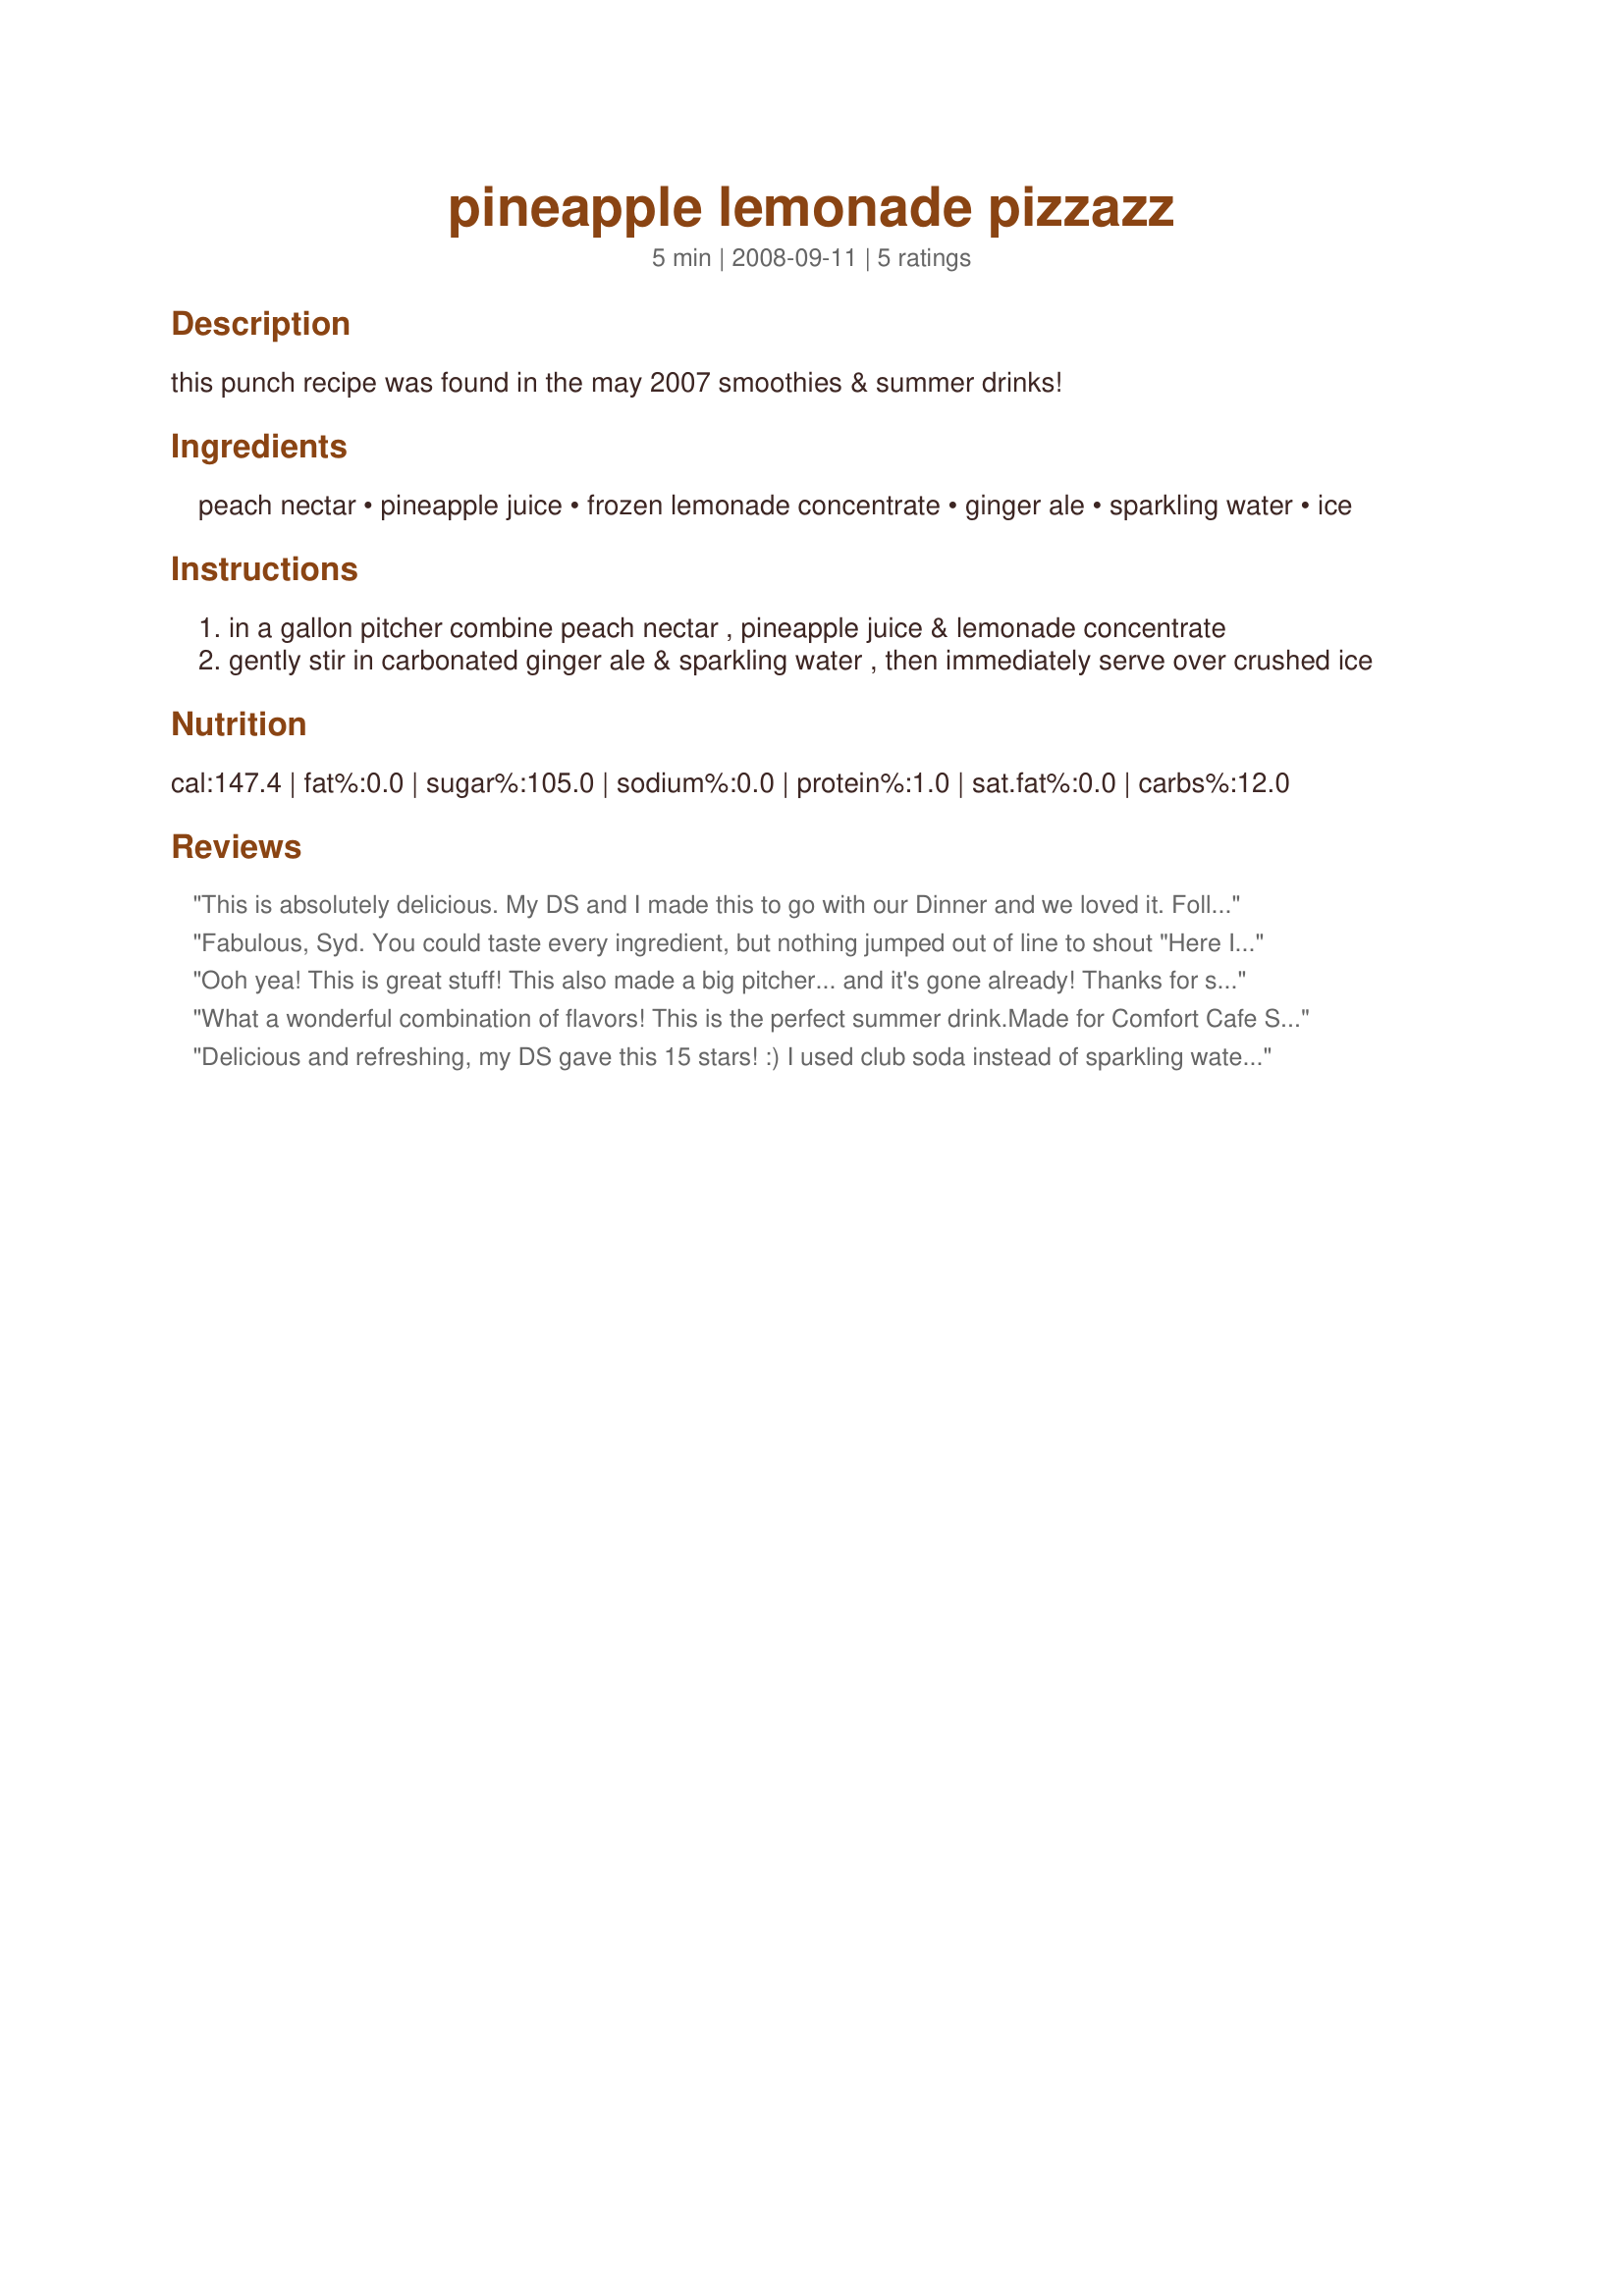
pineapple lemonade pizzazz
Preparation time: 5 minutes

this punch recipe was found in the may 2007 smoothies & summer drinks!

Ingredients:
peach nectar, pineapple juice, frozen lemonade concentrate, ginger ale, sparkling water, ice

Steps:
in a gallon pitcher combine peach nectar , pineapple juice & lemonade concentrate
gently stir in carbonated ginger ale & sparkling water , then immediately serve over crushed ice

Reviews:
This is absolutely delicious. My DS and I made this to go with our Dinner and we loved it. Followed all the ingredients per recipe. Just the right sweetness and great tartness. Made for Holiday Tag.
Fabulous, Syd. You could taste every ingredient, but nothing jumped out of line to shout "Here I Am"! Fixed a large, closed pitcher, and drank it all day, without loosing too much fizz. Which was good, because I used Perrier! I wanted to use Pellegrino, but couldn't find any in this back of beyond town I live in! Thnx Syd, for posting. Made for Comfort Cafe Summer 2009.
Ooh yea! This is great stuff! This also made a big pitcher... and it's gone already! Thanks for sharing this wonderful and fruity recipe. Just put me on the beach under an umbrella and make my day! Next time we may add some rum for an adult version. :)
What a wonderful combination of flavors! This is the perfect summer drink.Made for Comfort Cafe Summer 09
Delicious and refreshing, my DS gave this 15 stars! :) I used club soda instead of sparkling water and peach pear juice as I couldn't find nectar! I wonder why that is? Anyway, yummy and tasty and it should be gone in about a half hour! Made for Gimme 5. Thanks Sydney Mike! :)
